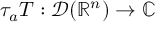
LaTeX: \tau _ { a } T : { \mathcal { D } } ( \mathbb { R } ^ { n } ) \to \mathbb { C }